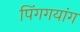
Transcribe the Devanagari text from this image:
पिंगगयांग